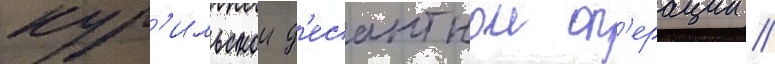
кур'ильскои д'есантнои оп'ерации //